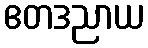
ဧတဒညာယ